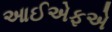
આઈએફએ